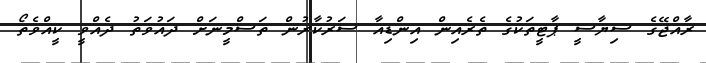
ރާއްޖޭގެ ސިޔާސީ ޕާޓީތަކުގެ ތެރެއިން އިންޑިއާ ސަރުކާރުން ތަސްމީނަށް ދައުވަތު ދެއްވީ ކީއްވެތޯ